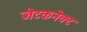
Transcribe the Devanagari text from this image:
जॆटकनेक्ट